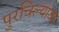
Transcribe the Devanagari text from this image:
पुरविल्यावर